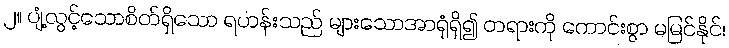
၂။ ပျံ့လွင့်သောစိတ်ရှိသော ရဟန်းသည် များသောအာရုံရှိ၍ တရားကို ကောင်းစွာ မမြင်နိုင်၊